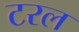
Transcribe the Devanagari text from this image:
टरल